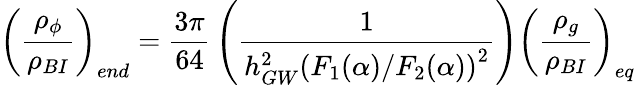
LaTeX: {\left(\frac{\rho_{\phi}}{\rho_{BI}}\right)_{end}}={\frac{3\pi}{64}}\left({\frac{1}{h_{GW}^{2}\left(F_{1}(\alpha)/F_{2}(\alpha)\right)^{2}}}\right)\left({\frac{\rho_{g}}{\rho_{BI}}}\right)_{eq}